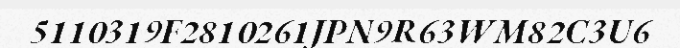
5110319F2810261JPN9R63WM82C3U6